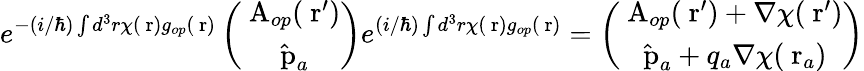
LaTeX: e^{-(i/\hbar)\int d^{3}r\chi(\mathrm{\mathbf~r})g_{op}(\mathrm{\mathbf~r})}\left(\begin{array}{c}{\mathrm{\mathbf~A}_{op}(\mathrm{\mathbf~r}^{\prime})}\\ {\hat{\mathrm{\mathbf~p}}_{a}}\end{array}\right)e^{(i/\hbar)\int d^{3}r\chi(\mathrm{\mathbf~r})g_{op}(\mathrm{\mathbf~r})}=\left(\begin{array}{c}{\mathrm{\mathbf~A}_{op}(\mathrm{\mathbf~r}^{\prime})+\nabla\chi(\mathrm{\mathbf~r}^{\prime})}\\ {\hat{\mathrm{\mathbf~p}}_{a}+q_{a}\nabla\chi(\mathrm{\mathbf~r}_{a})}\end{array}\right)